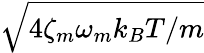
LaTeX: \sqrt{4\zeta_{m}\omega_{m}k_{B}T/m}